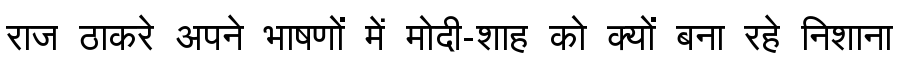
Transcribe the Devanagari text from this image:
राज ठाकरे अपने भाषणों में मोदी-शाह को क्यों बना रहे निशाना